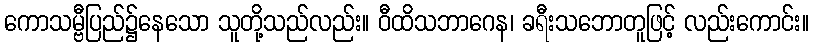
ကောသမ္ဗီပြည်၌နေသော သူတို့သည်လည်း။ ဝီထိသဘာဂေန၊ ခရီးသဘောတူဖြင့် လည်းကောင်း။